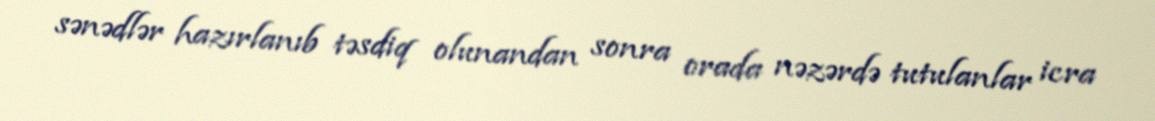
sənədlər hazırlanıb təsdiq olunandan sonra orada nəzərdə tutulanlar icra